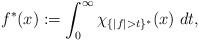
LaTeX: \begin{align*} f^{*}(x) := \int_0^{\infty} \chi_{\{|f| > t\}^{*}} (x) \ dt,\end{align*}